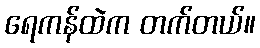
ရေကန်ထဲက တက်တယ်။